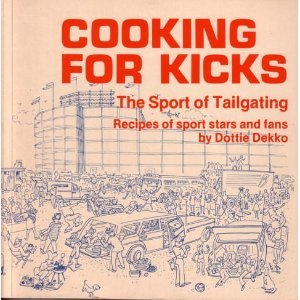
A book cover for Cooking for Kicks: The Sport of Tailgating: Recipes of Sport Stars and Fans; Dottie Dekko; Cookbooks, Food & Wine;